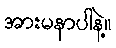
အားမနာပါနဲ့။